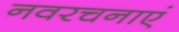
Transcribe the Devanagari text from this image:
नवरचनाएं